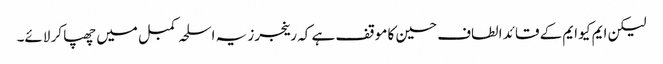
لیکن ایم کیو ایم کے قائد الطاف حسین کا موقف ہے کہ رینجرز یہ اسلحہ کمبل میں چھپا کر لائے۔